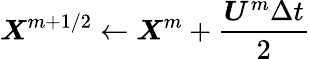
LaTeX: \boldsymbol X^{m+1/2}\gets\boldsymbol X^{m}+\frac{\boldsymbol U^{m}\Delta t}{2}